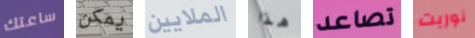
ساعتك يمكن الملايين هذا تصاعد نوربت